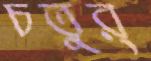
চতুর্